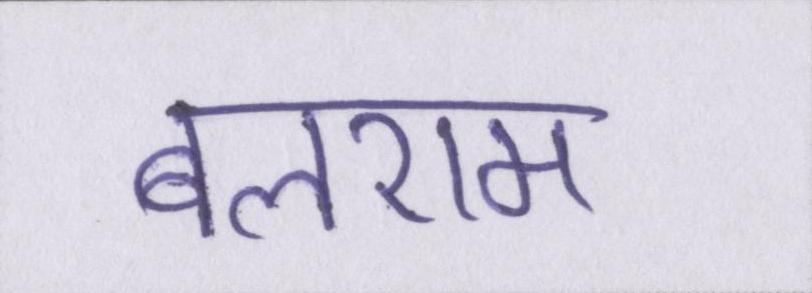
बलराम